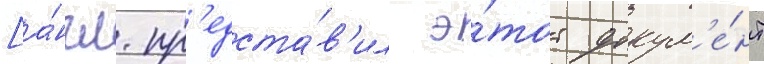
[а́нгл. пр'едста́в'ил э́тот докум'е́нт